Vaccination report Assam 1874-1896 - 1874-1896
Year: 1874
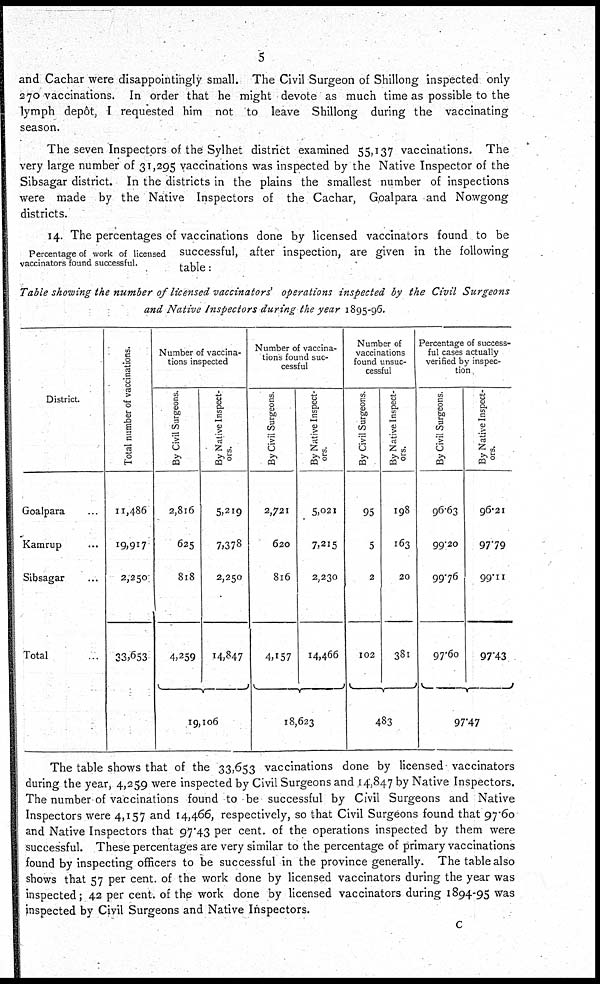
5
and Cachar were disappointingly small. The Civil Surgeon of Shillong inspected only
270 vaccinations. In order that he might devote as much time as possible to the
lymph depôt, I requested him not to leave Shillong during the vaccinating
season.
The seven Inspectors of the Sylhet district examined 55,137 vaccinations. The
very large number of 31,295 vaccinations was inspected by the Native Inspector of the
Sibsagar district. In the districts in the plains the smallest number of inspections
were made by the Native Inspectors of the Cachar, Goalpara and Nowgong
districts.
Percentage of work of licensed
vaccinators found successful.
14. The percentages of vaccinations done by licensed vaccinators found to be
successful, after inspection, are given in the following
table:
Table showing the number of licensed vaccinators' operations inspected by the Civil
Surgeons
and Native Inspectors during the year 1895-96.
District.
Goalpara ...
Kamrup ...
Sibsagar ...
Total ...
Total number of vaccinations.
11,486
19,917
2,250
33,653
Number of vaccina-
tions inspected
By Civil Surgeons.
2,8l6
625
818
4,259
By Native Inspect-
ors.
5,219
7,378
2,250
14,847
19,106
Number of vaccina-
tions found suc-
cessful
By Civil Surgeons.
2,721
620
816
4,157
By Native Inspect-
ors.
5,021
7,215
2,230
14,466
18,623
Number of
vaccinations
found unsuc-
cessful
By Civil Surgeons.
95
5
2
102
By Native Inspect-
ors.
198
163
20
38l
483
Percentage of success-
ful cases actually
verified by inspec-
tion.
By Civil Surgeons.
96.63
99.20
99.76
97.60
By Native Inspect-
ors.
96.21
97.79
99.11
97.43
97.47
The table shows that of the 33,653 vaccinations done by licensed vaccinators
during the year, 4,259 were inspected by Civil Surgeons and 14,847 by Native Inspectors.
The number of vaccinations found to be successful by Civil Surgeons and Native
Inspectors were 4,157 and 14,466, respectively, so that Civil Surgeons found that 97.60
and Native Inspectors that 97.43 per cent. of the operations inspected by them were
successful. These percentages are very similar to the percentage of primary vaccinations
found by inspecting officers to be successful in the province generally. The table also
shows that 57 per cent. of the work done by licensed vaccinators during the year was
inspected; 42 per cent. of the work done by licensed vaccinators during 1894-95 was
inspected by Civil Surgeons and Native Inspectors.
C